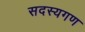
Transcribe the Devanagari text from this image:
सदस्‍यगण